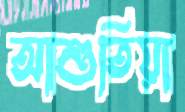
আশুতিয়া